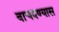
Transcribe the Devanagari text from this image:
वाचवण्यास